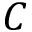
C